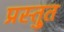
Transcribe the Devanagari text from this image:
प्रस्तु्त